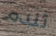
تندم